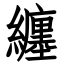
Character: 纏